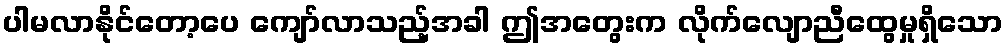
ပါမလာနိုင်တော့ပေ ကျော်လာသည့်အခါ ဤအတွေးက လိုက်လျောညီထွေမှုရှိသော